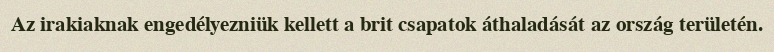
Az irakiaknak engedélyezniük kellett a brit csapatok áthaladását az ország területén.